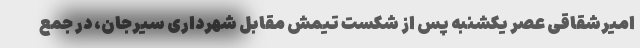
امیرشقاقی عصر یکشنبه پس از شکست تیمش مقابل شهرداری سیرجان، در جمع